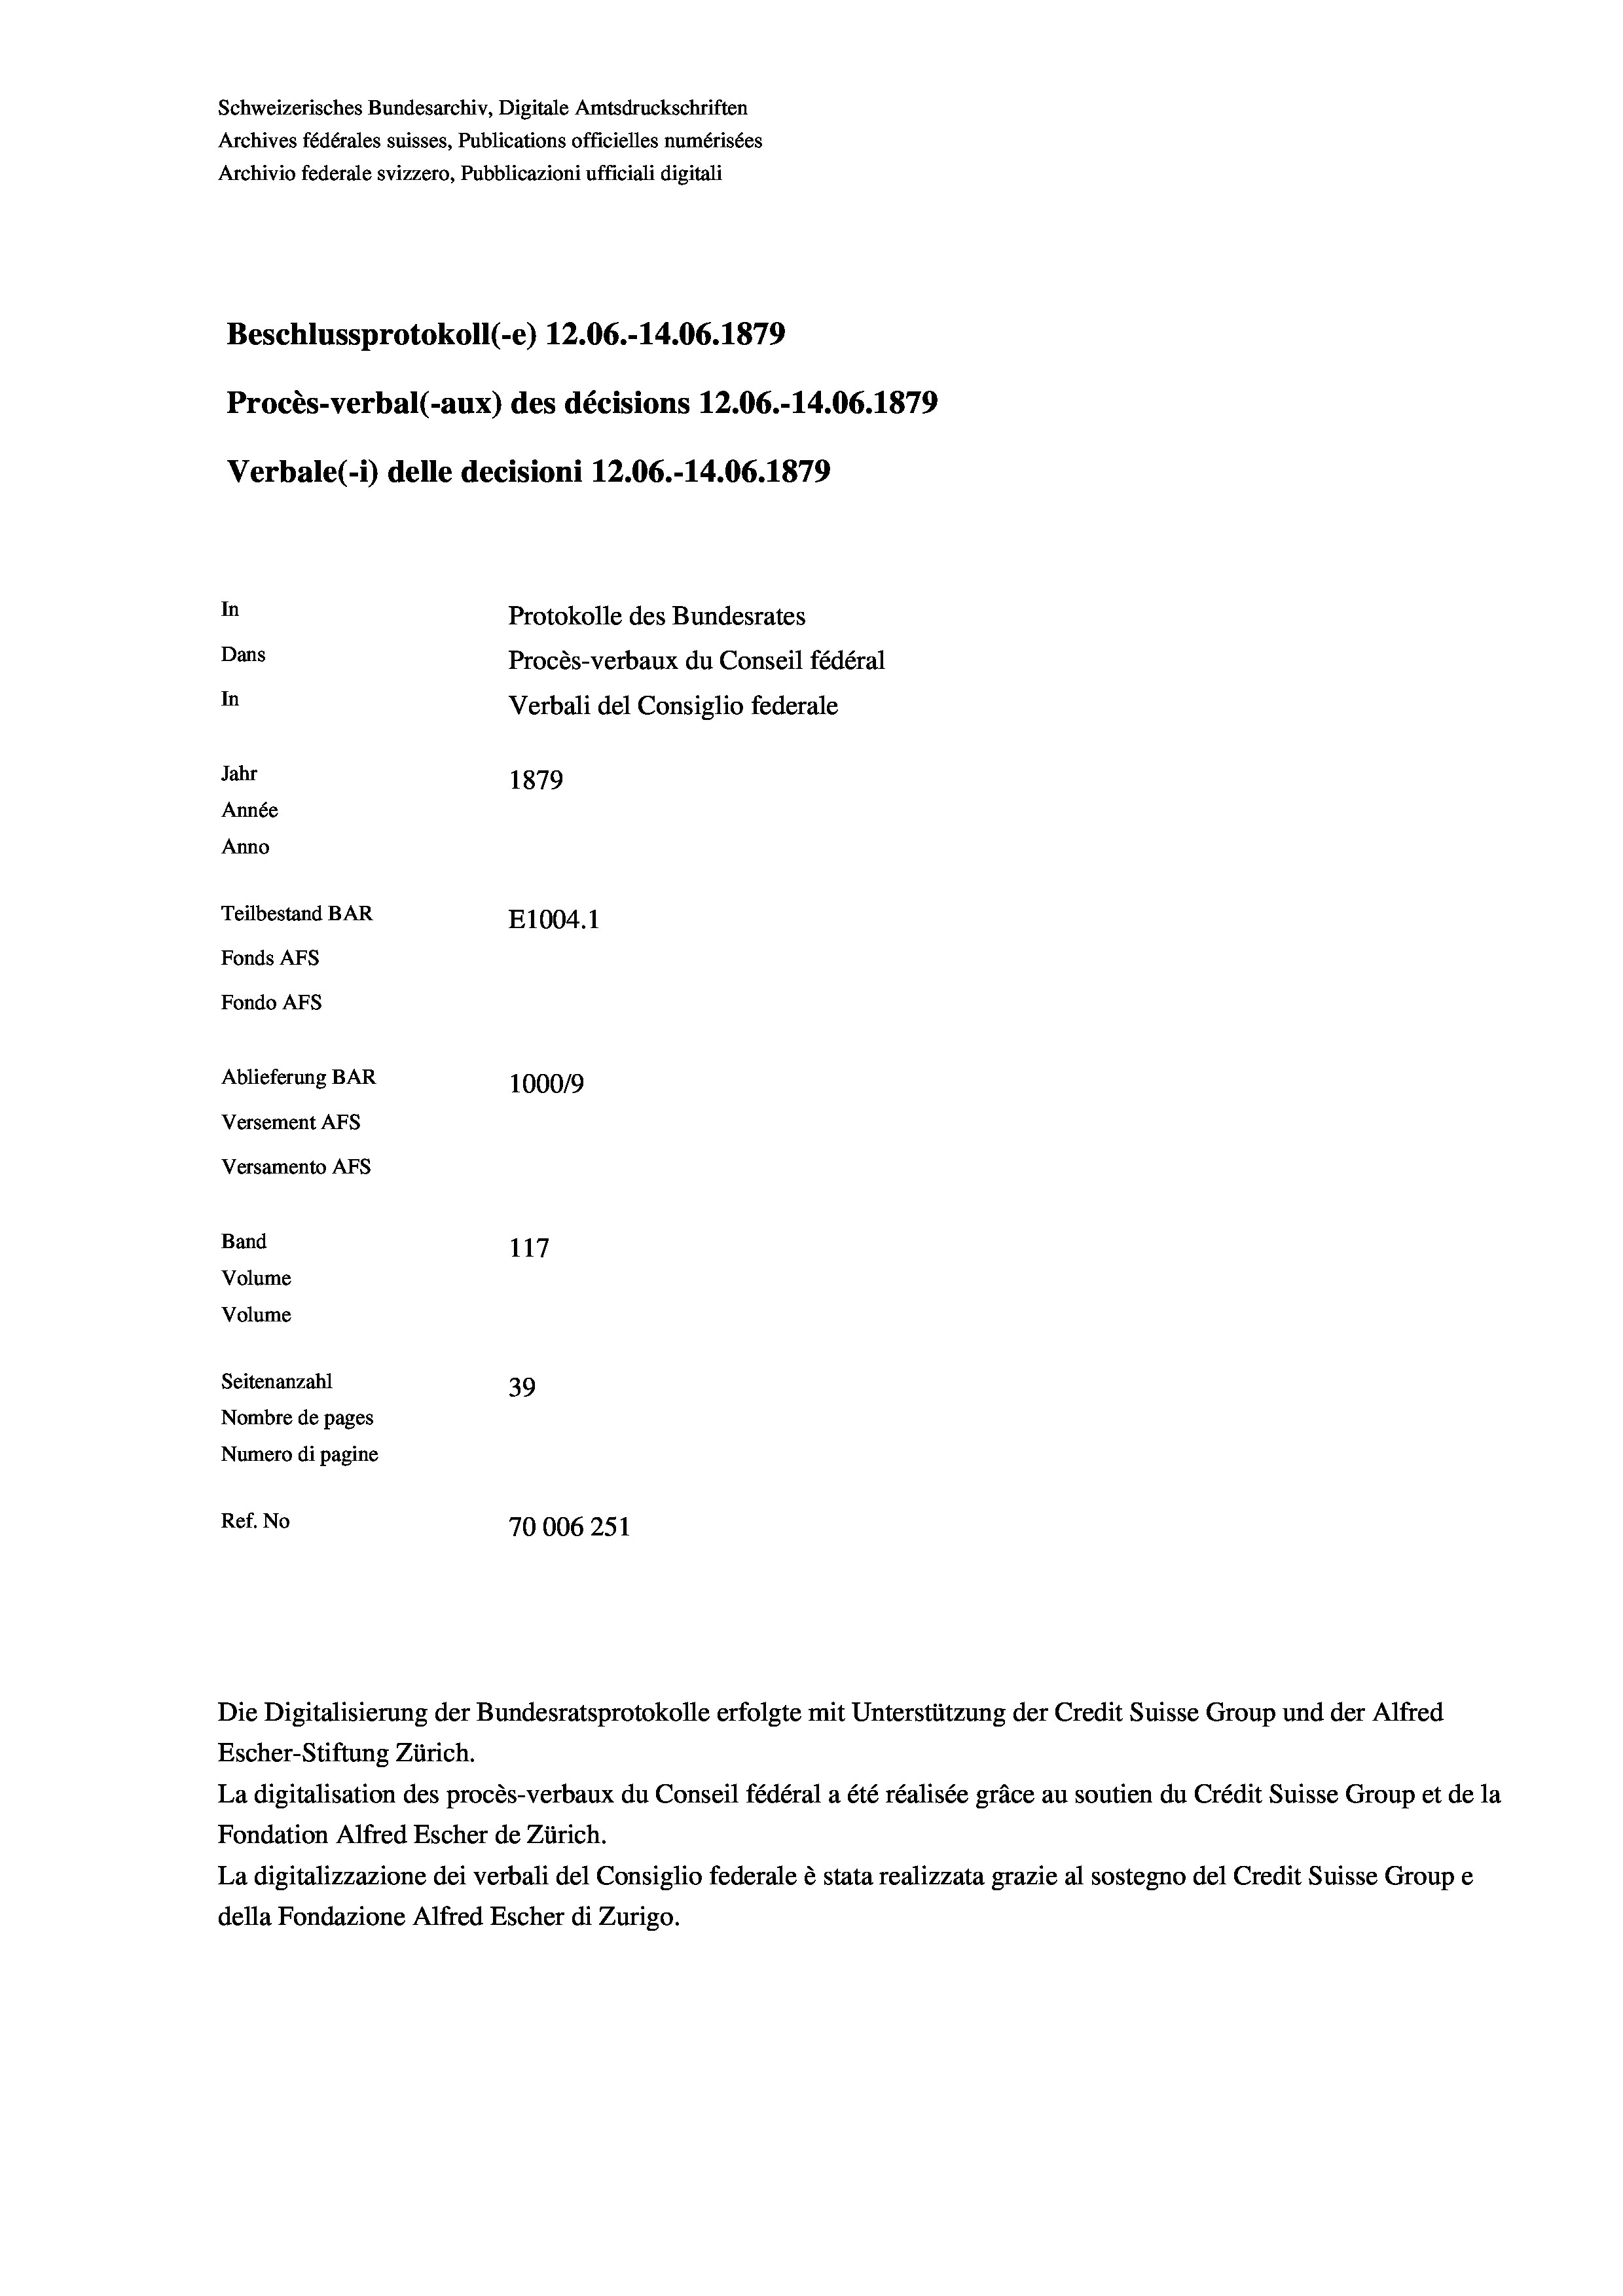
Schweizerisches Bundesarchiv, Digitale Amtsdruckschriften
Archives fédérales suisses, Publications officielles numérisées
Archivio federale svizzero, Pubblicazioni ufficiali digitali
Beschlussprotokoll (-e) 12.06.-14.06. 1879
Procès-verbal (-aux) des décisions 12.06.-14.06. 1879
Verbale(-*) delle decisioni 12.06.-14.06. 1879
In
Protokolle des Bundesrates
Dans
Procès-verbaux du Conseil fédéral
In
Verbali del Consiglio federale
Jahr
1879
Année
Anno
Teilbestand BAR
E1004.1
Fonds AFs
Fondo AFs
Ablieferung BAR
100019
Versement AFs
Versamento AFs
Band
117
Volume
Volume
Seitenanzahl
39
Nombre de pages
Numero di pagine
Ref. No
70006251

La digitalisation des procès-verbaux du Conseil fédéral a été réalisée gräce au soutien du Crédit Suisse Group et de la
Fondation Alfred Escher de Zürich.
La digitalizzazione dei verbali del Consiglio federale è stata realizzata grazie al sostegno del Credit Suisse Groupe
della Fondazione Alfred Escher di Zurigo.

Escher-Stiftung Zürich.

Die Digitalisierung der Bundesratsprotokolle erfolgte mit Unterstützung der Credit Suisse Group und der Alfred